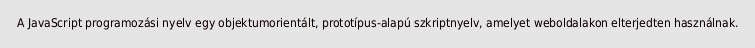
A JavaScript programozási nyelv egy objektumorientált, prototípus-alapú szkriptnyelv, amelyet weboldalakon elterjedten használnak.